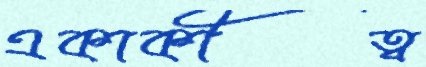
একাকীত্ব